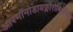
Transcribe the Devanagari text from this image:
आरगॉनोडायफ्लोरोमिथॅनियम